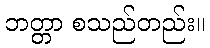
ဘတ္တာ စသည်တည်း။